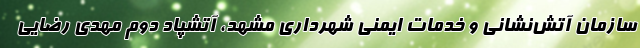
سازمان آتش‌نشانی و خدمات ایمنی شهرداری مشهد، آتشپاد دوم مهدی رضایی